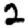
Digit: 2